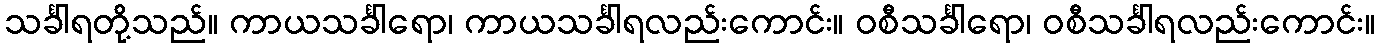
သင်္ခါရတို့သည်။ ကာယသင်္ခါရော၊ ကာယသင်္ခါရလည်းကောင်း။ ဝစီသင်္ခါရော၊ ဝစီသင်္ခါရလည်းကောင်း။